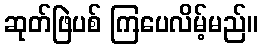
ဆုတ်ဖြဲပစ် ကြပေလိမ့်မည်။